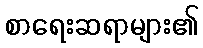
စာရေးဆရာများ၏